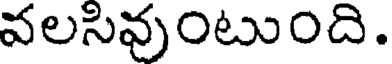
వలసివుంటుంది.